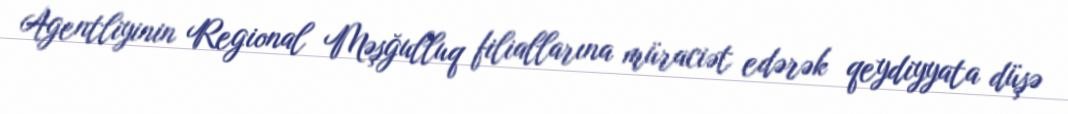
Agentliyinin Regional Məşğulluq filiallarına müraciət edərək qeydiyyata düşə